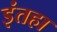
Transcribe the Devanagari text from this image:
इंतहा